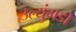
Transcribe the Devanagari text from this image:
उल्युंगडो